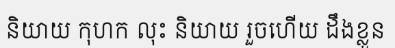
និយាយ កុហក លុះ និយាយ រួចហើយ ដឹងខ្លួន